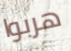
هربوا